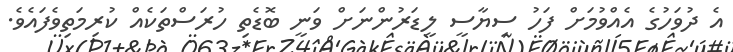
އެ ދުވަހުގެ އެއްވުމަށް ފަހު ސިޔާސީ ލީޑަރުންނަށް ވަނީ ބޮޑެތި ހުރަސްތަކެއް ކުރިމަތިވެފައެވެ.